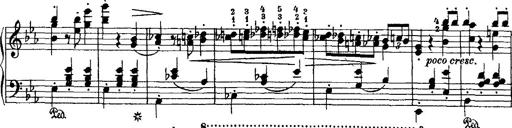
Title: Grande valse di bravura
Composer: Franz Liszt